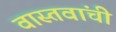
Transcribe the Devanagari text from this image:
वास्तवांची